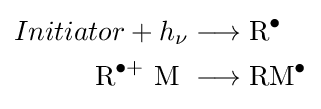
{\begin{aligned}Initiator+h_{\nu }&{{}\mathrel {\longrightarrow } {}\mathrm {R} {\vphantom {A}}^{\bullet }}\\{\mathrm {R} {\vphantom {A}}^{\bullet +}~\mathrm {M} }\ &{{}\mathrel {\longrightarrow } {}\mathrm {RM} {\vphantom {A}}^{\bullet }}\end{aligned}}